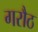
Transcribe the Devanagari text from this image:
गरौठ